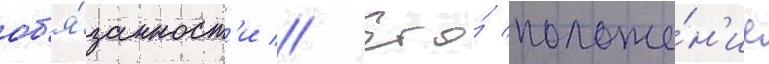
об'я́занност'и // Его́ положе́н'ие